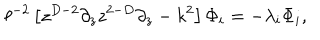
\ell ^ { - 2 } \left[ z ^ { D - 2 } \partial _ { z } z ^ { 2 - D } \partial _ { z } - k ^ { 2 } \right] \Phi _ { i } = - \lambda _ { i } \Phi _ { i } ,